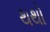
થથો